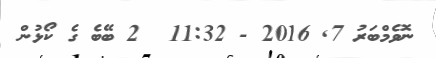
ނޮވެމްބަރު 7